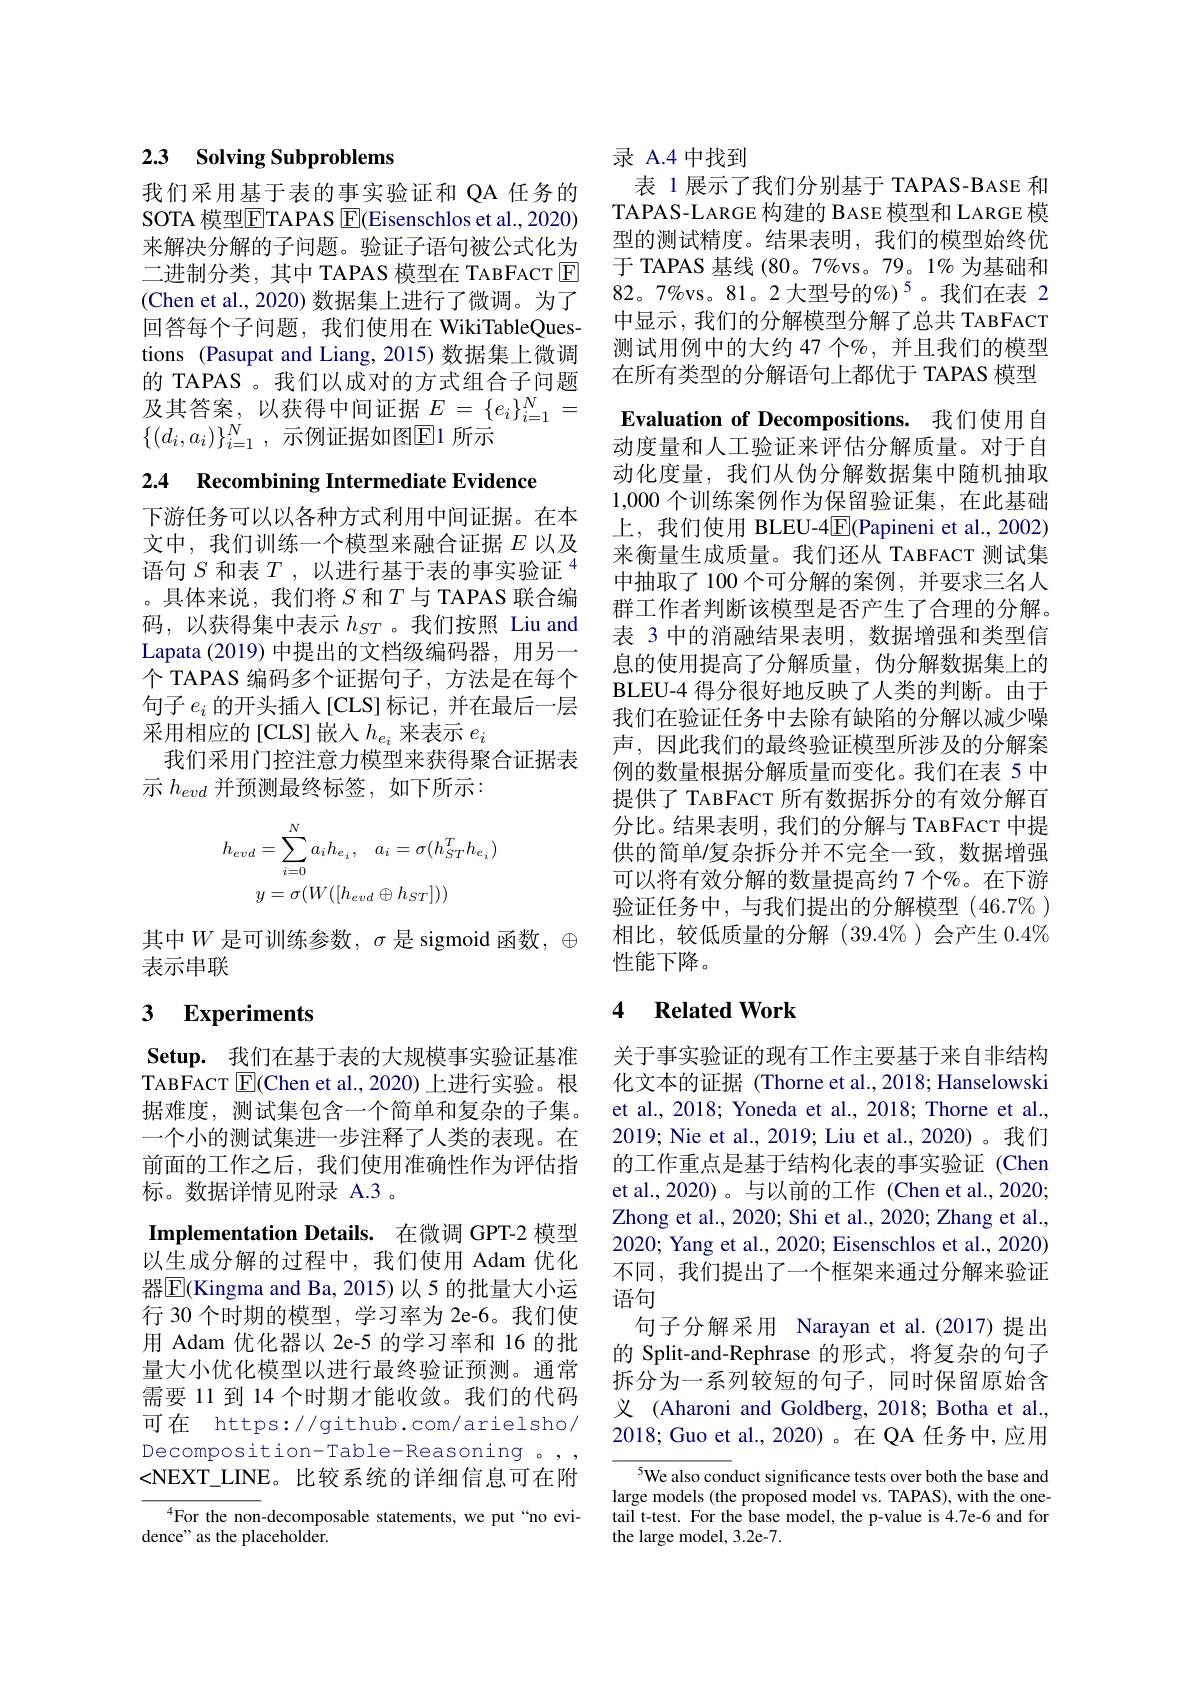
## 2.3 Solving Subproblems

我们采用基于表的事实验证和 QA 任务的SOTA 模型ETAPAS E(Eisenschlos et al., 2020) 来解决分解的子问题。验证子语句被公式化为二进制分类，其中 TAPAS 模型在 TABFACT E (Chen et al., 2020) 数据集上进行了微调。为了回答每个子问题，我们使用在 WikiTableQuestions (Pasupat and Liang, 2015) 数据集上微调的 TAPAS 。我们以成对的方式组合子问题及其答案，以获得中间证据$E=\{e_i\}_i=1^N=$ $\{(d_i,a_i)\}_{i=1}^N$,示例证据如图E1 所示

2.4 Recombining Intermediate Evidence

下游任务可以以各种方式利用中间证据。在本文中，我们训练一个模型来融合证据$E$以及语句$S$和表$T$,以进行基于表的事实验证$^{4}$ 。具体来说，我们将$S$ 和$T$ 与 TAPAS 联合编码，以获得集中表示$h_{ST}$。我们按照 Liu and Lapata (2019) 中提出的文档级编码器，用另一个 TAPAS 编码多个证据句子，方法是在每个句子$e_i$的开头插入[CLS]标记，并在最后一层采用相应的[CLS]嵌人$h_e_i$ 来表示 $e_i$
我们采用门控注意力模型来获得聚合证据表
示$h_{evd}$并预测最终标签，如下所示：
$$h_{evd}=\sum_{i=0}^{N}a_{i}h_{e_{i}}\:,\quad a_{i}=\sigma(h_{ST}^{T}h_{e_{i}})\\y=\sigma(W([h_{evd}\oplus h_{ST}]))$$
其中$W$是可训练参数，$\sigma$是 sigmoid 函数，$\oplus$
表示串联

# 3 Experiments

Setup. 我们在基于表的大规模事实验证基准TABFACT $\boxed{\mathrm{E}}($Chen et al.,2020)上进行实验。根据难度，测试集包含一个简单和复杂的子集。一个小的测试集进一步注释了人类的表现。在前面的工作之后，我们使用准确性作为评估指标。数据详情见附录 A.3 。
Implementation Details. 在微调 GPT-2 模型以生成分解的过程中，我们使用 Adam 优化器$\overline{\mathrm{E}}$(Kingma and Ba, 2015)以 5 的批量大小运行 30 个时期的模型，学习率为 2e-6。我们使用 Adam 优化器以 2e-5 的学习率和 16 的批量大小优化模型以进行最终验证预测。通常需要 11 到 14 个时期才能收敛。我们的代码可在 https://github.com/arielsho/ Decomposition-Table-Reasoning 。, <NEXT\_LINE。比较系统的详细信息可在附

$^{4}$For the non-decomposable statements, we put“no evi-
dence" as the placeholder.

录 A.4 中找到
表 1 展示了我们分别基于 TAPAS-BASE 和TAPAS-LARGE 构建的 BASE 模型和 LARGE 模型的测试精度。结果表明，我们的模型始终优于 TAPAS 基线 (80。7%vs。79。1% 为基础和82。7%vs。81。2 大型号的%)$^{5}$。我们在表 2中显示，我们的分解模型分解了总共 TABFACT 测试用例中的大约 47 个%, 并且我们的模型在所有类型的分解语句上都优于 TAPAS 模型Evaluation of Decompositions. 我们使用自动度量和人工验证来评估分解质量。对于自动化度量，我们从伪分解数据集中随机抽取1,000个训练案例作为保留验证集，在此基础上，我们使用 BLEU-4$\overline{\mathrm{E}}($Papineni et al.,2002) 来衡量生成质量。我们还从 TABFACT 测试集中抽取了 100 个可分解的案例，并要求三名人群工作者判断该模型是否产生了合理的分解。表 3 中的消融结果表明，数据增强和类型信息的使用提高了分解质量，伪分解数据集上的BLEU-4 得分很好地反映了人类的判断。由于我们在验证任务中去除有缺陷的分解以减少噪声，因此我们的最终验证模型所涉及的分解案例的数量根据分解质量而变化。我们在表 5 中提供了 TABFACT 所有数据拆分的有效分解百分比。结果表明，我们的分解与 TABFACT 中提供的简单/复杂拆分并不完全一致，数据增强可以将有效分解的数量提高约 7 个%。在下游验证任务中，与我们提出的分解模型(46.7$\%)$ 相比，较低质量的分解(39.4$\%)会产生 0.4%$ 性能下降。

### $\textbf{4}$ $\textbf{Related Work}$

关于事实验证的现有工作主要基于来自非结构化文本的证据 (Thorne et al.,2018; Hanselowski et al., 2018; Yoneda et al., 2018; Thorne et al., 2019; Nie et al., 2019; Liu et al., 2020)。我们的工作重点是基于结构化表的事实验证(Chen et al., 2020) 。与以前的工作 (Chen et al., 2020; Zhong et al., 2020; Shi et al., 2020; Zhang et al. 2020; Yang et al., 2020; Eisenschlos et al., 2020) 不同，我们提出了一个框架来通过分解来验证语句
句子分解采用 Narayan et al.(2017)提出的 Split-and-Rephrase 的形式，将复杂的句子拆分为一系列较短的句子，同时保留原始含义 (Aharoni and Goldberg, 2018; Botha et al., 2018; Guo et al., 2020)。在 QA 任务中，应用

$^{5}$We also conduct significance tests over both the base and large models (the proposed model vs. TAPAS), with the onetail t-test. For the base model, the p-value is 4.7e-6 and for the large model, 3.2e-7.